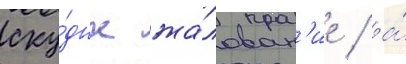
ску́дное жа́лован'ие / а́